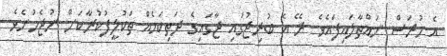
އެ ހުރަސް ނައްތާލައިފައެވެ. ރޭ އެ ބުރިޖުގައި ޖާގައިގެ ދަތިކަމެއް ތަކުލީފުކުރާކަށް ނުޖެހުނެވެެ.